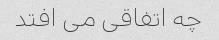
چه اتفاقی می افتد